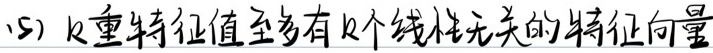
(5) $k$重特征值至多有$k$个线性无关的特征向量